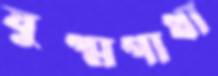
যুগ্মগাথা